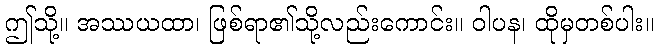
ဤသို့။ အဿယထာ၊ ဖြစ်ရာ၏သို့လည်းကောင်း။ ဝါပန၊ ထိုမှတစ်ပါး။